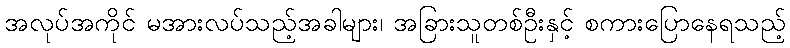
အလုပ်အကိုင် မအားလပ်သည့်အခါများ၊ အခြားသူတစ်ဦးနှင့် စကားပြောနေရသည့်